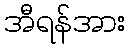
အီရန်အား